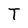
Character: T